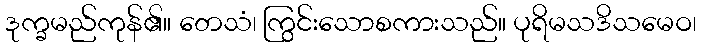
ဒုက္ခမည်ကုန်၏။ တေသံ၊ ကြွင်းသောစကားသည်။ ပုရိမသဒိသမေဝ၊